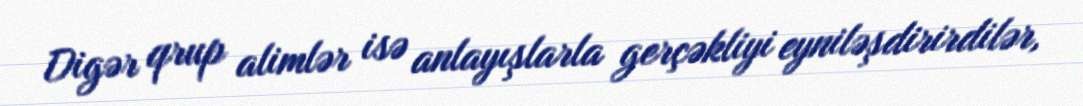
Digər qrup alimlər isə anlayışlarla gerçəkliyi eyniləşdirirdilər,